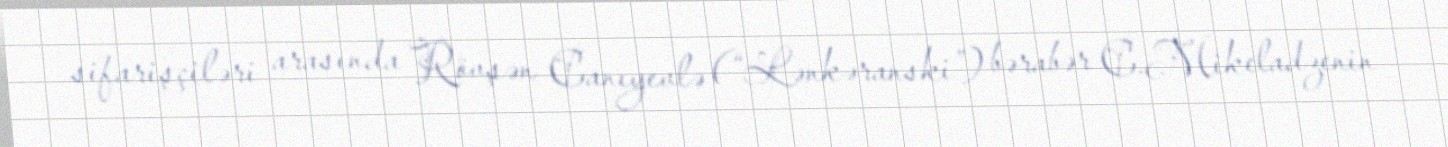
sifarişçiləri arasında Rövşən Canıyevlə (“Lənkəranski”) bərabər C.Mikeladzenin